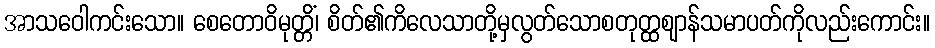
အာသဝေါကင်းသော။ စေတောဝိမုတ္တိံ၊ စိတ်၏ကိလေသာတို့မှလွတ်သောစတုတ္ထဈာန်သမာပတ်ကိုလည်းကောင်း။